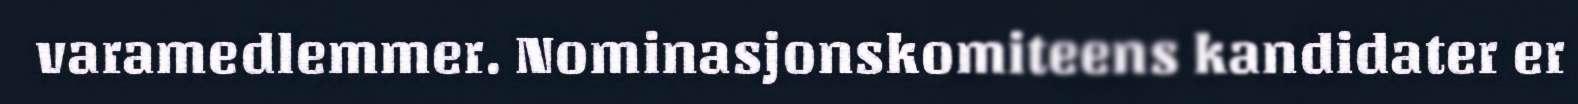
varamedlemmer. Nominasjonskomiteens kandidater er